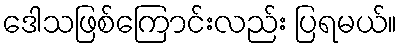
ဒေါသဖြစ်ကြောင်းလည်း ပြရမယ်။